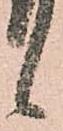
候